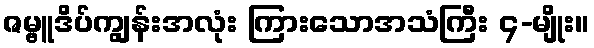
ဇမ္ဗူဒိပ်ကျွန်းအလုံး ကြားသောအသံကြီး ၄-မျိုး။